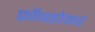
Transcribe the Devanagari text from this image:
फ्रॉनहोफर